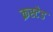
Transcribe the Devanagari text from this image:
क्रस्टेड